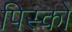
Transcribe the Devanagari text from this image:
पिस्को